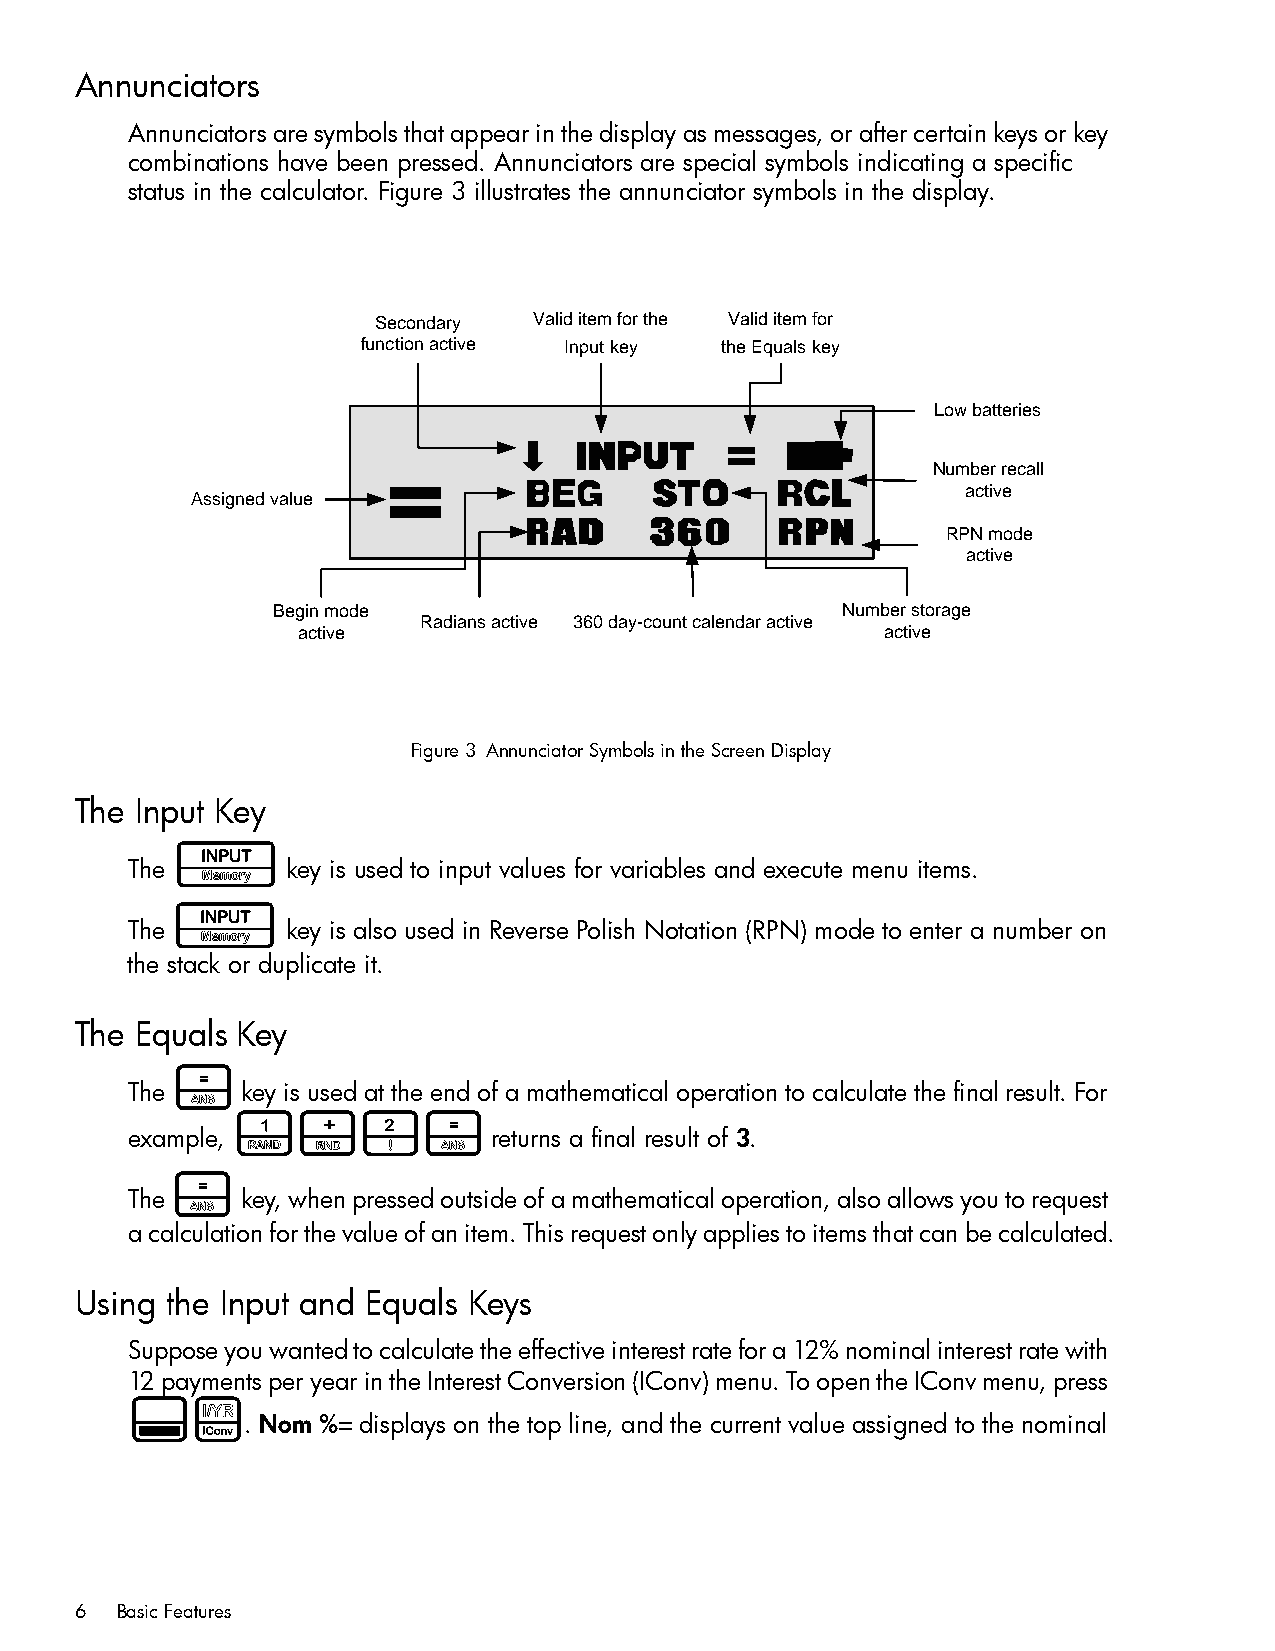
Annunciators
 Annunciators are symbols that appear in the display as messages, or after certain keys or key
 combinations have been pressed. Annunciators are special symbols indicating a specific
 status in the calculator. Figure 3 illustrates the annunciator symbols in the display.
 Secondary Valid item for the Valid item for
 function active Input key the Equals key
 Low batteries
 Number recall
 active
 Assigned value
 RPN mode
 active
 Begin mode                            Number storage
 Radians active 360 day-count calendar active
 active                                 active
 Figure 3 Annunciator Symbols in the Screen Display
 The Input Key
 I
 The        key is used to input values for variables and execute menu items.
 I
 The        key is also used in Reverse Polish Notation (RPN) mode to enter a number on
 the stack or duplicate it.
 The Equals Key
 =
 The     key is used at the end of a mathematical operation to calculate the final result. For
 1+2=
 example,                returns a final result of 3.
 =
 The     key, when pressed outside of a mathematical operation, also allows you to request
 a calculation for the value of an item. This request only applies to items that can be calculated.
 Using the Input and Equals Keys
 Suppose you wanted to calculate the effective interest rate for a 12% nominal interest rate with
 12 payments per year in the Interest Conversion (IConv) menu. To open the IConv menu, press
 :&
 . Nom %= displays on the top line, and the current value assigned to the nominal
 6  Basic Features